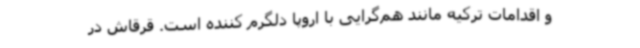
و اقدامات ترکیه مانند هم‌گرایی با اروپا دلگرم کننده است. قرقاش در